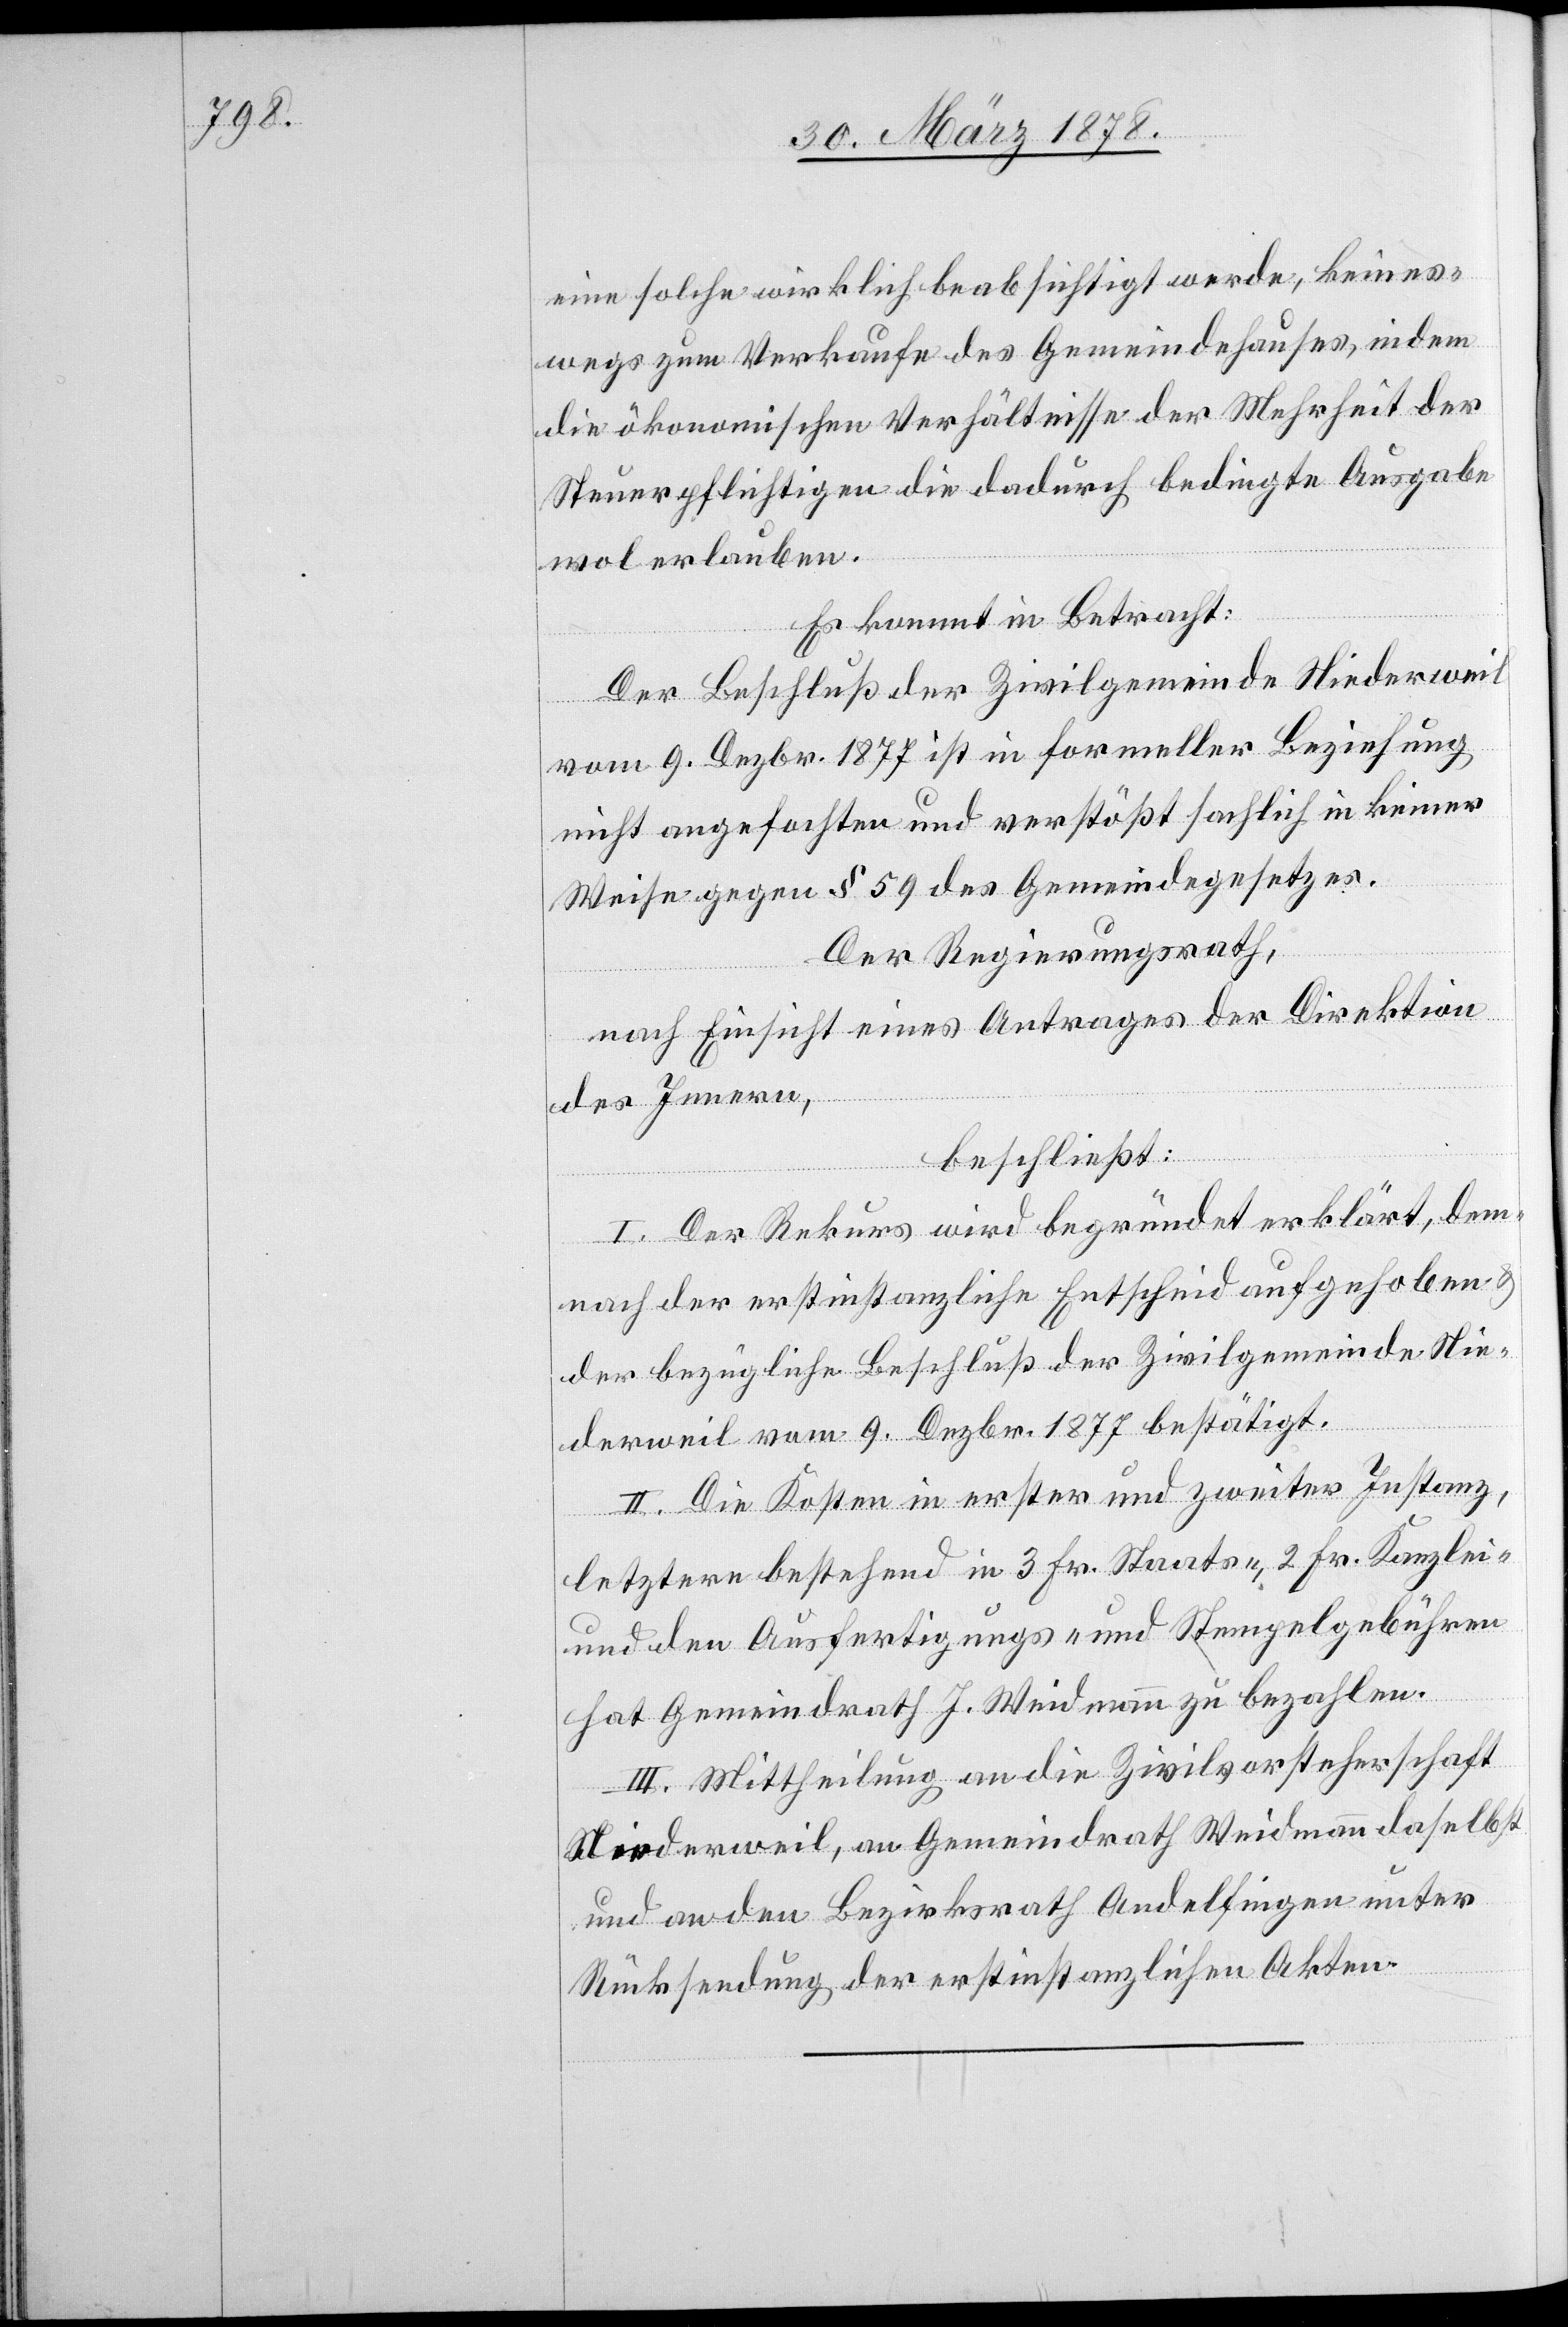
eine solche wirklich beabsichtigt werde, keines¬
wegs zum Verkaufe des Gemeindehauses, indem
die ökonomischen Verhältnisse der Mehrheit der
Steuerpflichtigen die dadurch bedingte Ausgabe
wol erlauben.
Es kommt in Betracht:
Der Beschluß der Zivilgemeinde Niederweil
vom 9. Dezbr. 1877 ist in formeller Beziehung
nicht angefochten und verstößt sachlich in keiner
Weise gegen § 59 des Gemeindegesetzes.
Der Regierungsrath,
nach Einsicht eines Antrages der Direktion
des Innern,
beschließt:
I. Der Rekurs wird begründet erklärt, dem¬
nach der erstinstanzliche Entscheid aufgehoben &
der bezügliche Beschluß der Zivilgemeinde Nie¬
derweil vom 9. Dezbr. 1877 bestätigt.
II. Die Kosten in erster und zweiter Instanz,
letztere bestehend in 3 Fr. Staats-, 2 Fr. Kanzlei-
und den Ausfertigungs- und Stempelgebühren
hat Gemeindrath J. Weidmann zu bezahlen.
III. Mittheilung an die Zivilvorsteherschaft
Niederweil, an Gemeindrath Weidmann daselbst
und an den Bezirksrath Andelfingen unter
Rücksendung der erstinstanzlichen Akten.